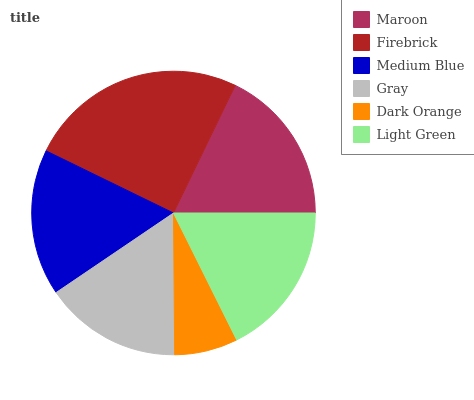
| Maroon | Firebrick | Medium Blue | Gray | Dark Orange | Light Green |
 | --- | --- | --- | --- | --- | --- |
 | 17.8% | 25% | 16.7% | 15.6% | 7.22% | 17.7% |